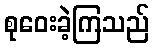
စုဝေးခဲ့ကြသည်